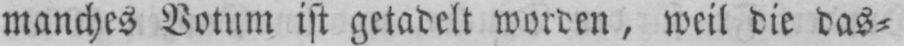
manches Votum ist getadelt worden, weil die das⸗